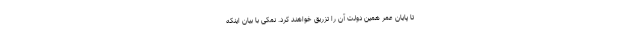
تا پایان عمر همین دولت آن را تزریق خواهند کرد. نمکی با بیان اینکه